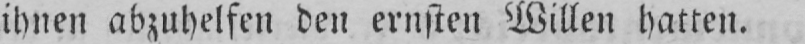
ihnen abzuhelfen den ernsten Willen hatten.